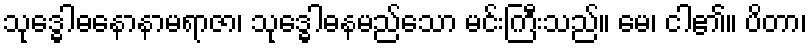
သုဒ္ဓေါဓနောနာမရာဇာ၊ သုဒ္ဓေါဓနမည်သော မင်းကြီးသည်။ မေ၊ ငါ၏။ ပိတာ၊